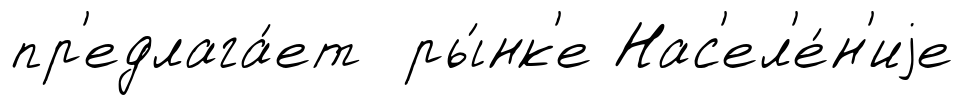
пр'едлага́ет ры́нк'е Нас'ел'е́н'иjе